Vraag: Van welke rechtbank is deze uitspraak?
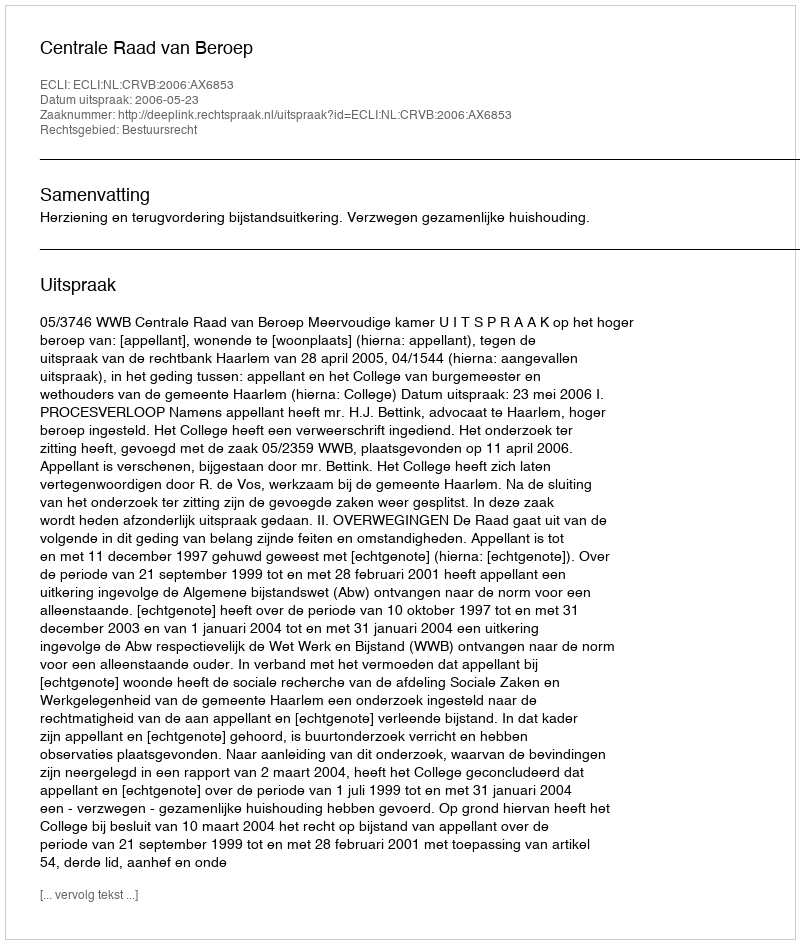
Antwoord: Centrale Raad van Beroep